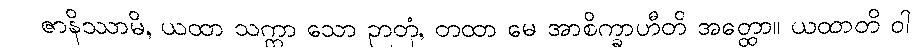
ဇာနိဿာမိ, ယထာ သက္ကာ သော ဉာတုံ, တထာ မေ အာစိက္ခာဟီတိ အတ္ထော။ ယထာတိ ဝါ